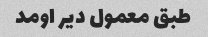
طبق معمول دیر اومد